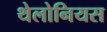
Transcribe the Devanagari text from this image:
थेलोनियस